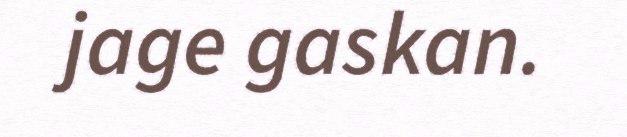
jage gaskan.